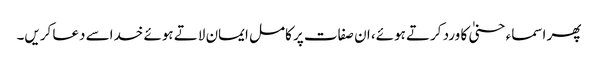
پھر اسماء حسنیٰ کا ورد کرتے ہوئے، ان صفات پر کامل ایمان لاتے ہوئے خداسے دعا کریں۔